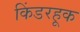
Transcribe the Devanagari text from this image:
किंडरहूक